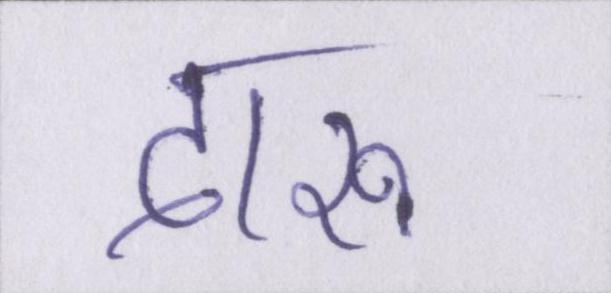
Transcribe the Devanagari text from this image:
दारू